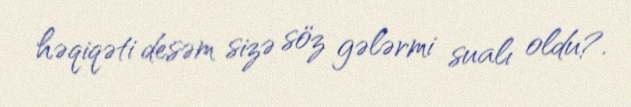
həqiqəti desəm sizə söz gələrmi sualı oldu?.